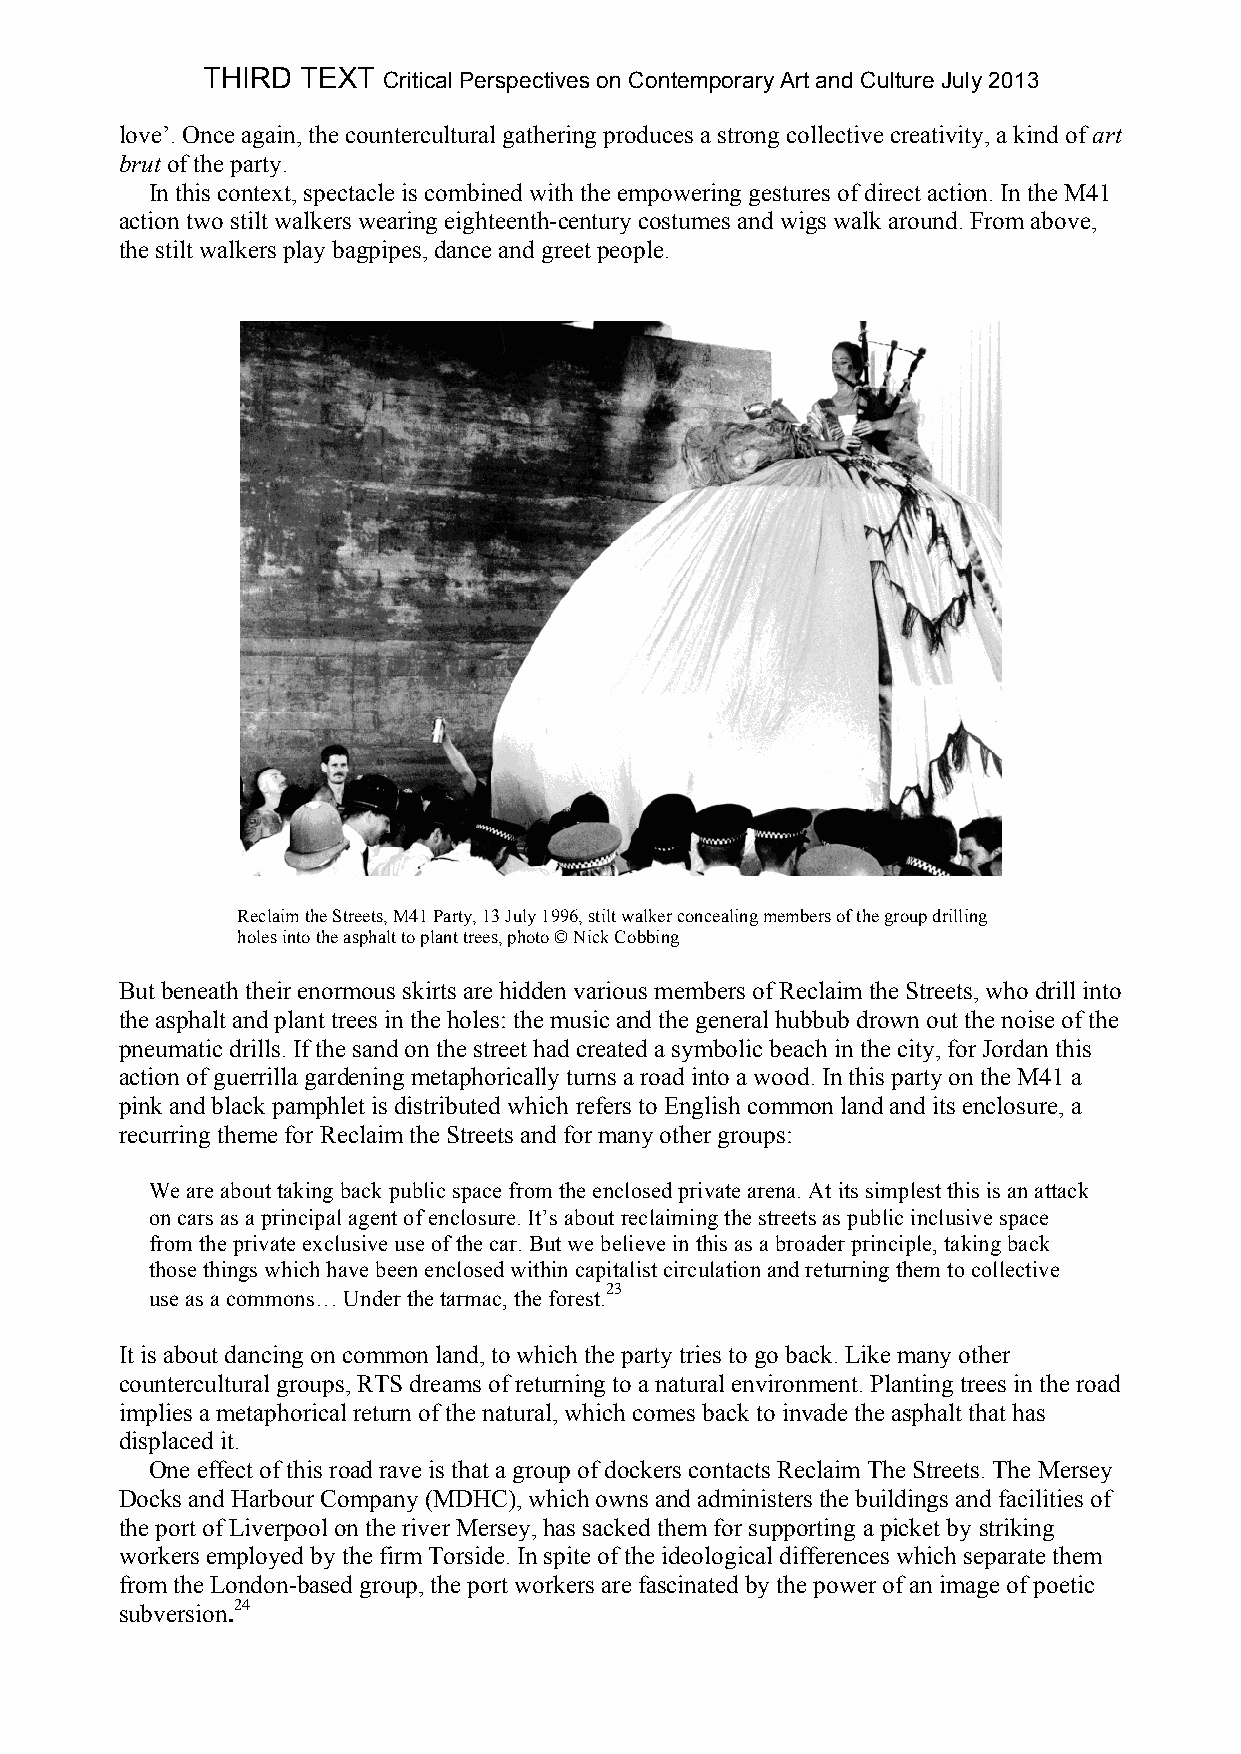
THIRD  TEXT Critical Perspectives on Contemporary Art and Culture July 2013
 love’. Once again, the countercultural gathering produces a strong collective creativity, a kind of art
 brut of the party.
 In this context, spectacle is combined with the empowering gestures of direct action. In the M41
 action two stilt walkers wearing eighteenth-century costumes and wigs walk around. From above,
 the stilt walkers play bagpipes, dance and greet people.
 Reclaim the Streets, M41 Party, 13 July 1996, stilt walker concealing members of the group drilling
 holes into the asphalt to plant trees, photo © Nick Cobbing
 But beneath their enormous skirts are hidden various members of Reclaim the Streets, who drill into
 the asphalt and plant trees in the holes: the music and the general hubbub drown out the noise of the
 pneumatic drills. If the sand on the street had created a symbolic beach in the city, for Jordan this
 action of guerrilla gardening metaphorically turns a road into a wood. In this party on the M41 a
 pink and black pamphlet is distributed which refers to English common land and its enclosure, a
 recurring theme for Reclaim the Streets and for many other groups:
 We are about taking back public space from the enclosed private arena. At its simplest this is an attack
 on cars as a principal agent of enclosure. It’s about reclaiming the streets as public inclusive space
 from the private exclusive use of the car. But we believe in this as a broader principle, taking back
 those things which have been enclosed within capitalist circulation and returning them to collective
 use as a commons… Under the tarmac, the
 forest.23
 It is about dancing on common land, to which the party tries to go back. Like many other
 countercultural groups, RTS dreams of returning to a natural environment. Planting trees in the road
 implies a metaphorical return of the natural, which comes back to invade the asphalt that has
 displaced it.
 One effect of this road rave is that a group of dockers contacts Reclaim The Streets. The Mersey
 Docks and Harbour Company (MDHC), which owns and administers the buildings and facilities of
 the port of Liverpool on the river Mersey, has sacked them for supporting a picket by striking
 workers employed by the firm Torside. In spite of the ideological differences which separate them
 from the London-based group, the port workers are fascinated by the power of an image of poetic
 subversion.24